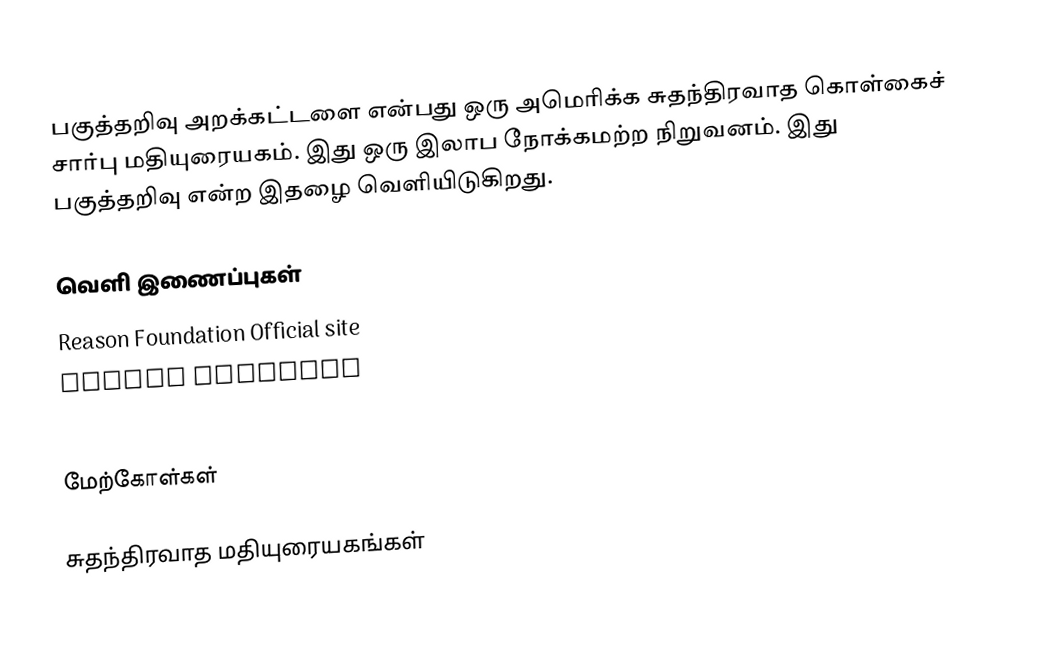
பகுத்தறிவு அறக்கட்டளை என்பது ஒரு அமெரிக்க சுதந்திரவாத கொள்கைச் சார்பு மதியுரையகம்.  இது ஒரு இலாப நோக்கமற்ற நிறுவனம்.  இது பகுத்தறிவு என்ற இதழை வெளியிடுகிறது.

வெளி இணைப்புகள்
Reason Foundation Official site
Reason magazine
Reason.tv

மேற்கோள்கள்

சுதந்திரவாத மதியுரையகங்கள்